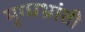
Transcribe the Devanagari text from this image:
मुग्धभ्रांती